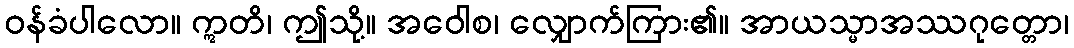
ဝန်ခံပါလော။ ဣတိ၊ ဤသို့။ အဝေါစ၊ လျှောက်ကြား၏။ အာယသ္မာအဿဂုတ္တော၊